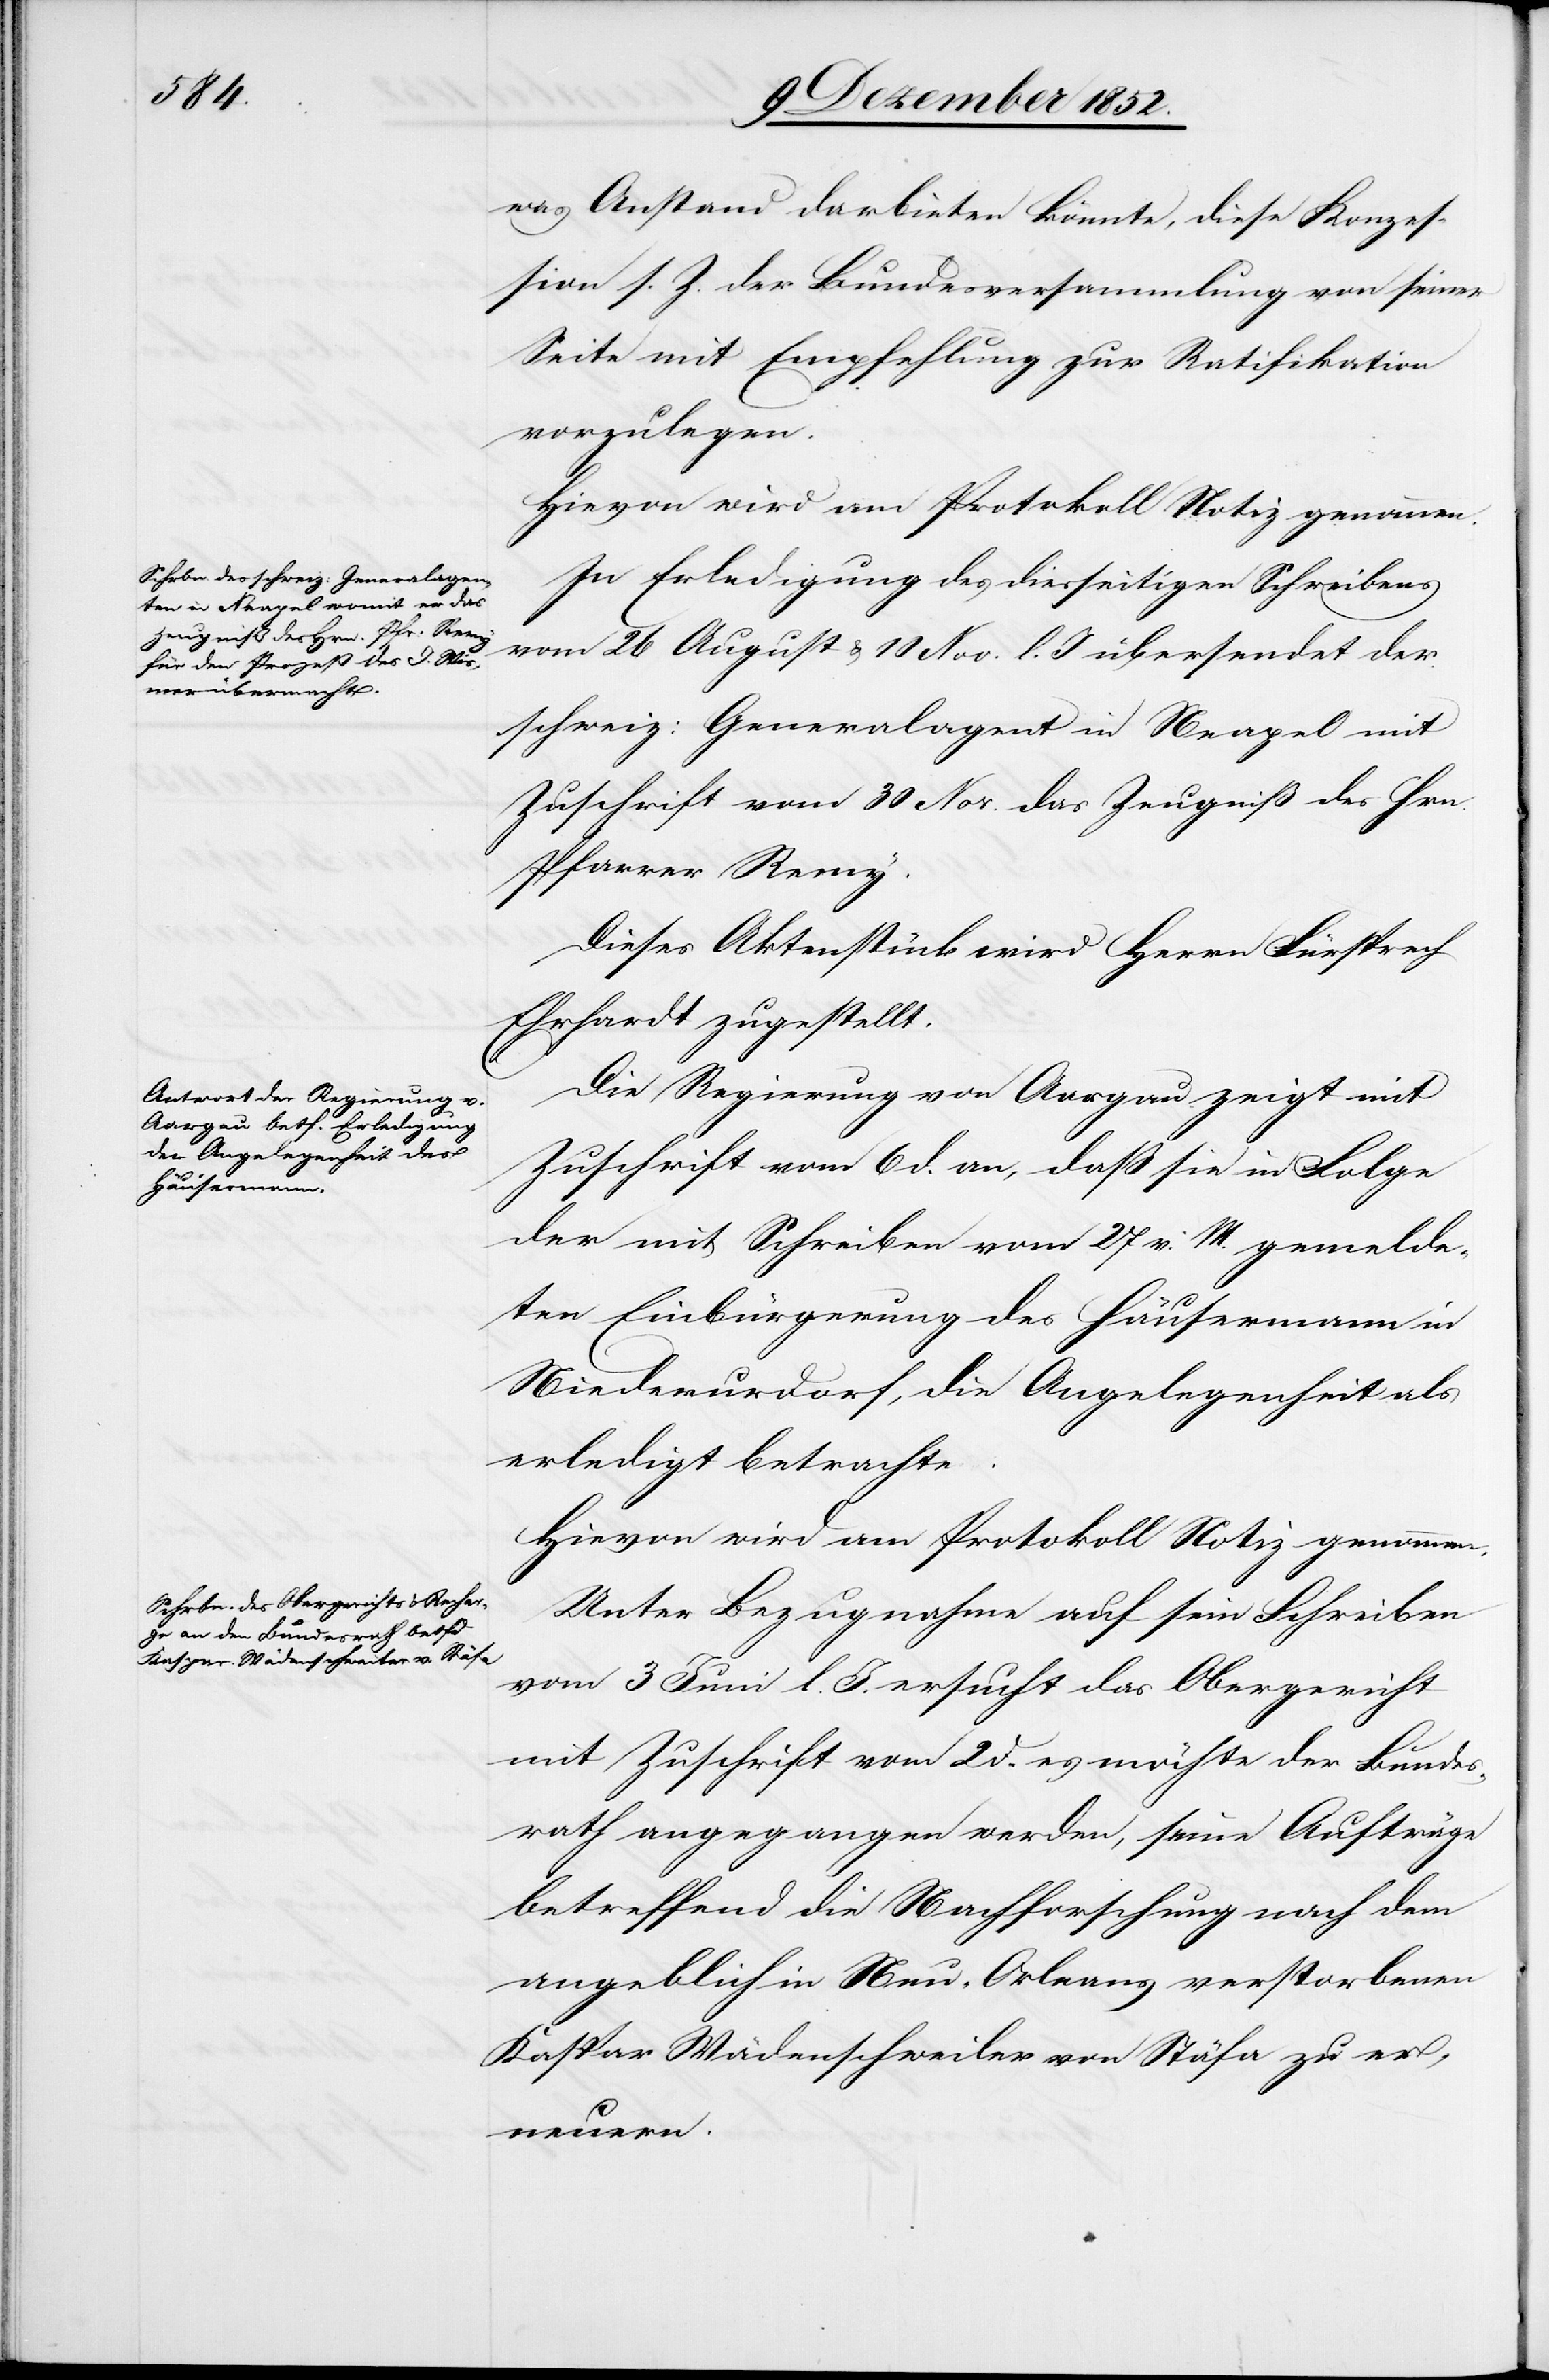
was Anstand darbieten könnte, diese Konzes¬
sion s. Z. der Bundesversammlung von seiner
Seite mit Empfehlung zur Ratifikation
vorzulegen.
In Erledigung des diesseitigen Schreibens
vom 26 August & 10 Nov. l. J übersendet der
schweiz: Generalagent in Neapel mit
Zuschrift vom 30 Nov. das Zeugniß des Hrn.
Pfarrer Remy.
Dieses Aktenstück wird Herrn Fürsprech
Ehrhardt zugestellt.
Die Regierung von Aargau zeigt mit
Zuschrift vom 6 d. an, daß sie in Folge
der mit Schreiben vom 27 v. M. gemelde¬
ten Einbürgerung des Häusermann in
Niederurdorf, die Angelegenheit als
erledigt betrachte.
Hievon wird am Protokoll Notiz genommen.
Unter Bezugnahme auf sein Schreiben
vom 3 Juni l. J. ersucht das Obergericht
mit Zuschrift vom 2 d. es möchte der Bundes¬
rath angegangen werden, seine Aufträge
betreffend die Nachforschung nach dem
angeblich in Neu-Orleans verstorbenen
Kaspar Wädenschweiler von Stäfa zu er¬
neuern.